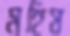
মহিষ